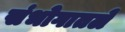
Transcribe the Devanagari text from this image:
संभोगातले